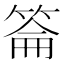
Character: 䈁